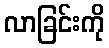
လာခြင်းကို